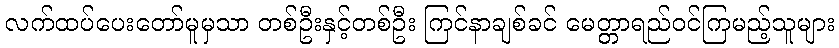
လက်ထပ်ပေးတော်မူမှသာ တစ်ဦးနှင့်တစ်ဦး ကြင်နာချစ်ခင် မေတ္တာရည်ဝင်ကြမည့်သူများ